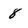
Character: 8